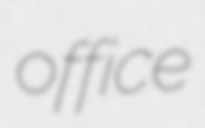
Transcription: office